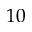
1 0